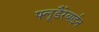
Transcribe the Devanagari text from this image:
फ्लूडैरेबाईन